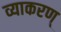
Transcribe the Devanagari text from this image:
व्याकरण्